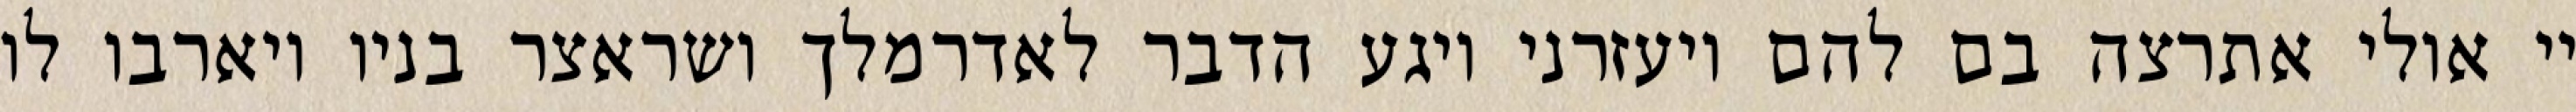
יי אולי אתרצה בם להם ויעזרני ויגע הדבר לאדרמלך ושראצר בניו ויארבו לו